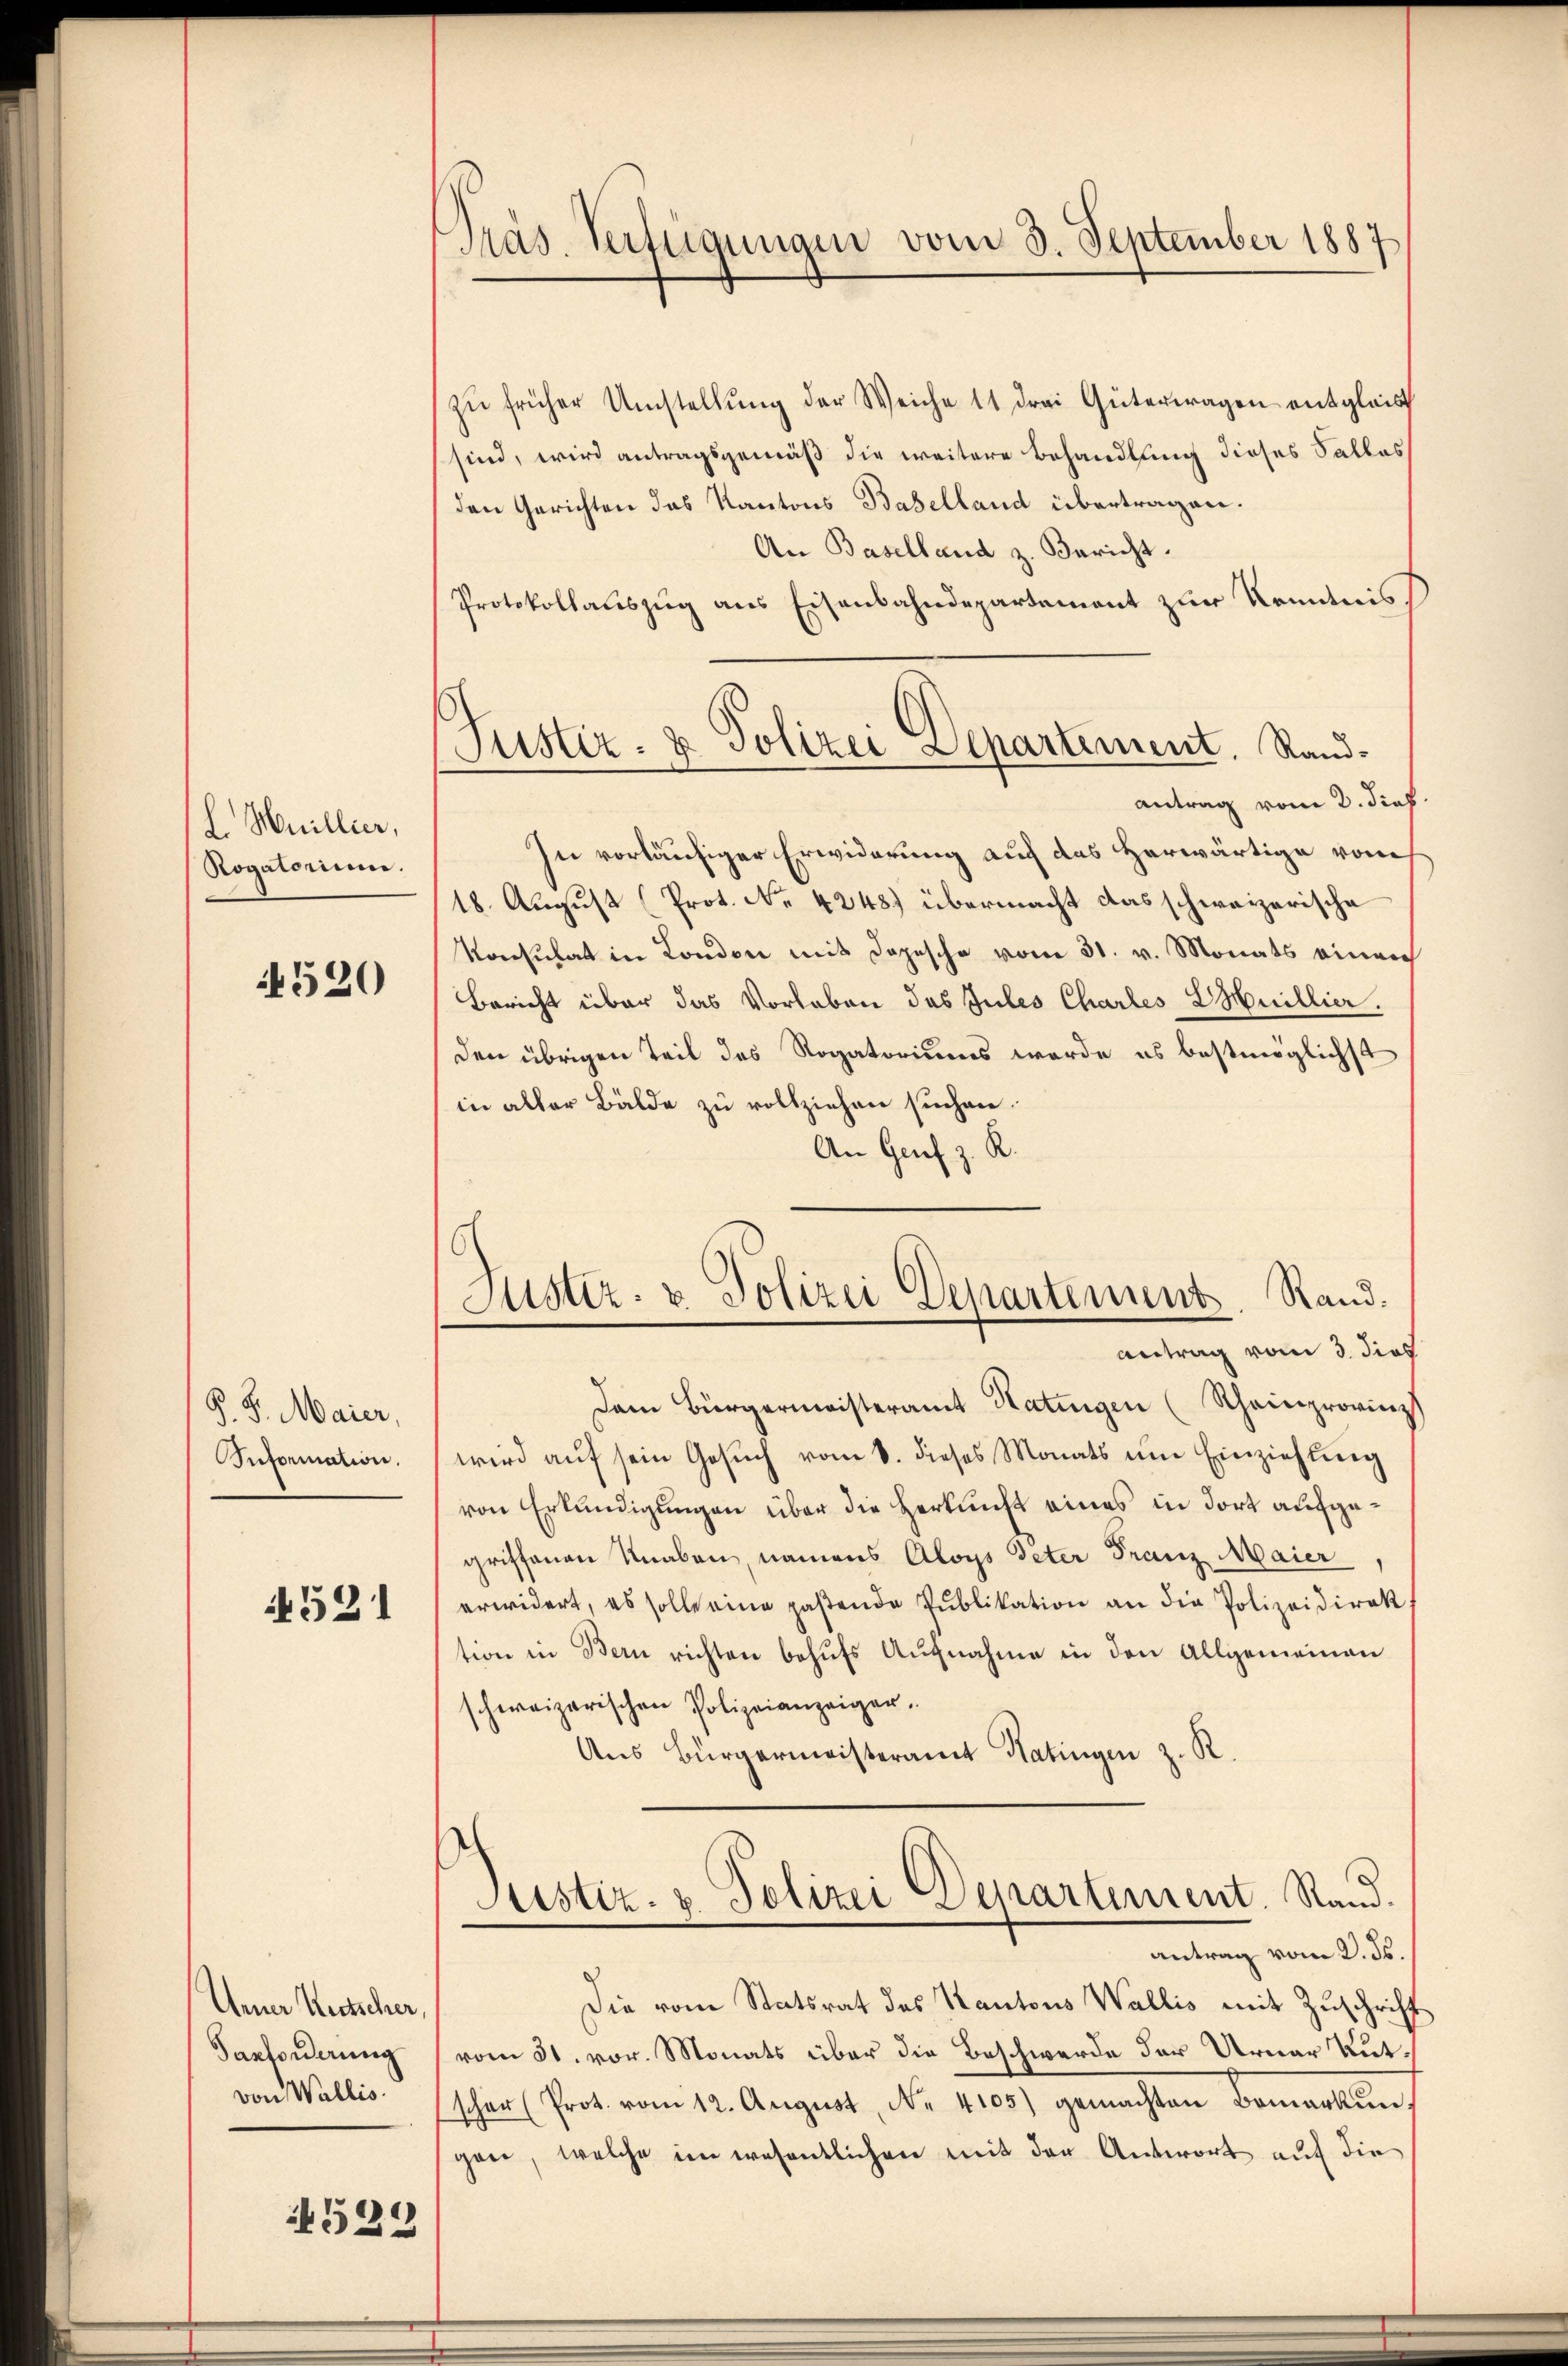
L. Meillier,
Rogatorium.

520

P.S. Maier,
Snformation.

521

Aener Kutscher,
Sanforderung
von Wallis.

4529

Präs. Verfügungen vom 3. September 1887

Justiz- & Polizei Departement. Rand¬

zŭ früher Umstellŭng der Weiche 11 drei Gütertragen entgleic
sind, wird antragsgemäß die weitere Behandlung dieses Sallas
den Gerichten das Kantons Baselland übertragen.
An Baselland z. Bericht.
Protokollauszug aus Eisenbahndepartement zur Kenntnis
antrag vom 3. dies
In vorläufiger Erwiderung auf das herwärtige von
18. August (Prot. No 4248) übermacht das schweizerische
Konsulat in London mit Depesche vom 31. v. Monats einrich
Bericht über das Vorleben das Gutes Chartes HHuillier.
den übrigen Teil des Rogatoriums werde es bestmöglichst
in aller Bälde zu vollziehen suchen.
An Genf z. R.
Justiz- & Polizei Departement. Rand.
Antrag vom 3. dies
Dem Bürgermeisteramt Katingen (Rheinprovinz
wird aŭf sein Gesŭch vom 8. dieses Monats im Einziehung
von Erkundigungen über die Herkunft eines in dort aufgegriffenen Knaben, namens Aloys Peter Franz Maier,
erwidert, es solle eine paßende Pŭblikation an die Polizeidirek
tion in Bern richten behufs Aufnahme in den Allgemeinen
schweizerischen Polizeianzeiger.
Aus Bürgermeisteramt Katingen z. R.
Justiz- & Polizei Separtement. Stand.
antrag vom 2. ds.
Die vom Statsrat des Kantons Wallis mit Zuschrift
vom 31. vor. Monats über die Beschwerde der Urner Rutscher (Prot. vom 12. August, N. 4105) gemachten Bemerkŭn
gen, welche im wesentlichen mit der Antwort auf die